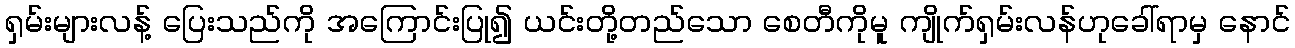
ရှမ်းများလန့် ပြေးသည်ကို အကြောင်းပြု၍ ယင်းတို့တည်သော စေတီကိုမူ ကျိုက်ရှမ်းလန်ဟုခေါ်ရာမှ နောင်